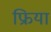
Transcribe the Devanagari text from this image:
फ्रिया